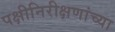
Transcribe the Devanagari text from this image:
पक्षीनिरीक्षणांच्या